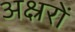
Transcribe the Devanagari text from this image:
अक्ष्ररों